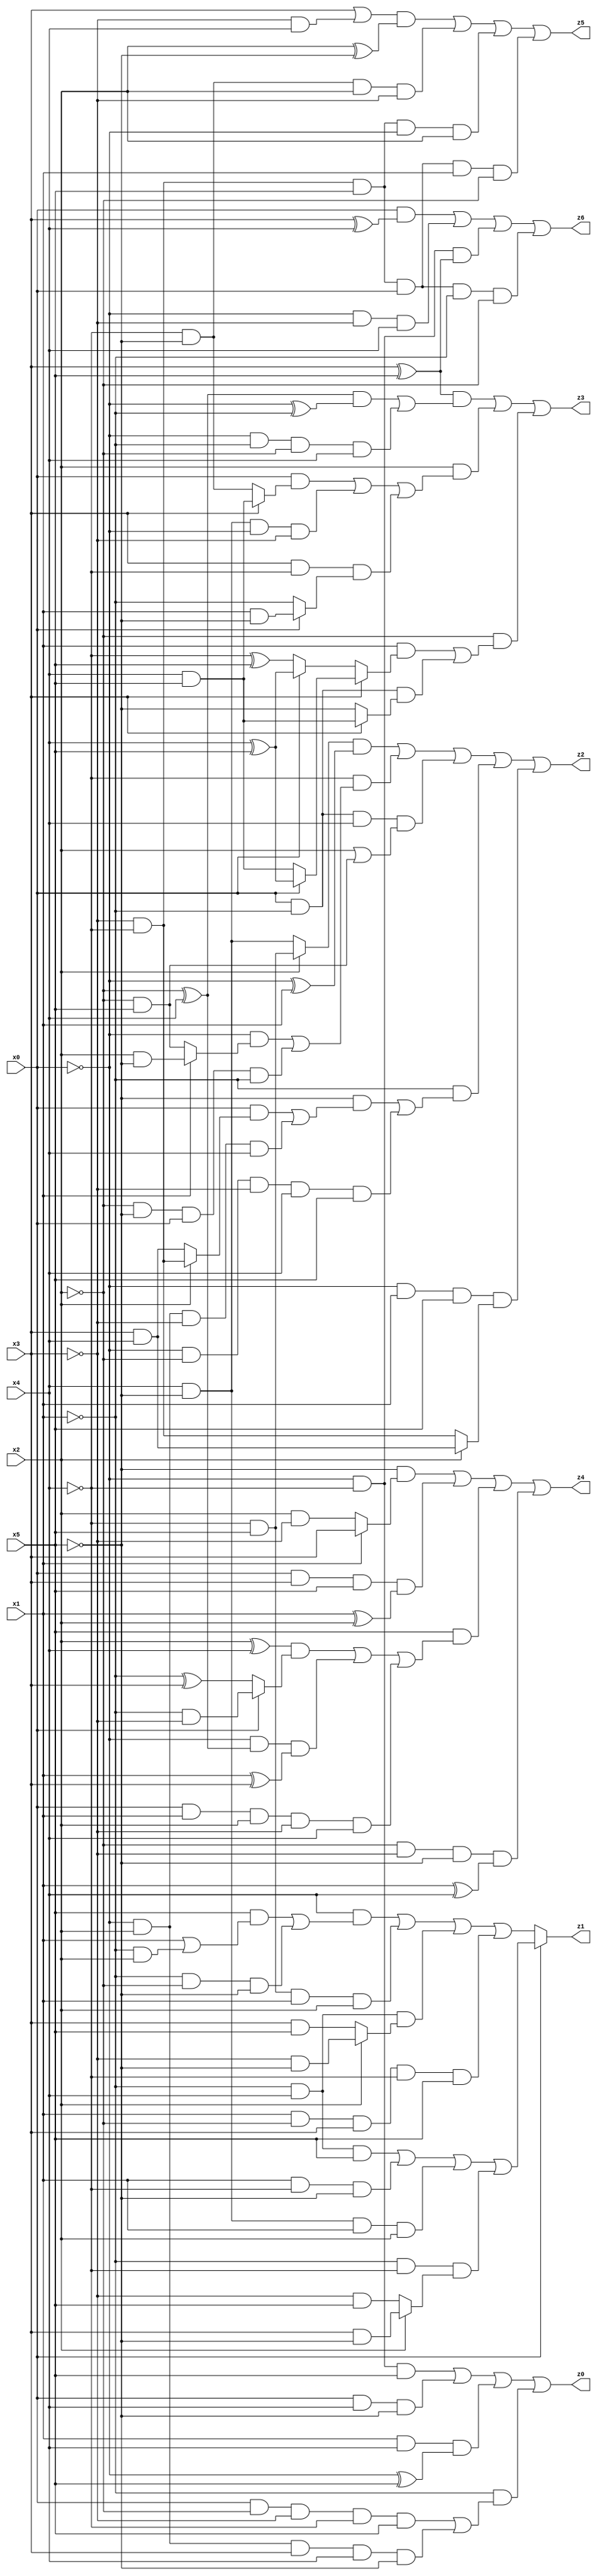
// Benchmark "X_30" written by ABC on Thu Jun 29 21:19:23 2023

module X_83 ( 
    x0, x1, x2, x3, x4, x5,
    z0, z1, z2, z3, z4, z5, z6  );
  input  x0, x1, x2, x3, x4, x5;
  output z0, z1, z2, z3, z4, z5, z6;
  assign z0 = (~x0 & ~x4 & x5) | (x0 & x4 & ~x5) | (x1 & x4 & (~x0 ^ x5)) | (~x1 & ((x0 & ~x2 & ~x3 & ~x4 & x5) | (~x0 & x2 & x3 & x4 & ~x5)));
  assign z1 = x0 ? ((~x1 & x4 & x5) | (x1 & ~x4 & ~x5) | (x4 & ~x5 & x1 & x2) | (~x1 & ~x4 & (x2 ? (x3 & ~x5) : (~x3 & x5)))) : ((x4 & ((x5 & (x1 | (~x1 & x2))) | (~x1 & ~x2 & ~x5))) | (~x4 & x5 & x1 & x2) | (~x1 & x4 & (x2 ? (~x3 & ~x5) : (x3 & x5))) | (x1 & ~x2 & x3 & ~x4 & x5));
  assign z2 = ((x2 ? (~x4 & x5) : (x4 & ~x5)) & (~x0 ^ x1)) | (~x4 & ((~x0 & (x1 ? (x2 & ~x5) : (~x2 & x5))) | (~x2 & ~x5 & x0 & ~x1))) | (x0 & ~x1 & x4 & (x2 | (~x2 & x5))) | (~x1 & ((~x5 & ((x0 & (x2 ? (~x3 & ~x4) : (x3 & x4))) | (~x0 & x2 & ~x3 & x4))) | (~x0 & ~x2 & ~x3 & x4 & x5))) | (~x0 & x1 & x5 & (x2 ? (x3 & x4) : (~x3 & ~x4)));
  assign z3 = ((x3 ^ x5) & (((~x2 ^ x4) & (~x0 ^ ~x1)) | (~x0 & ~x1 & ~x2 & x4))) | (x2 & ((x0 & (x3 ? (x4 & x5) : (~x4 & ~x5))) | (x4 & ~x5 & ~x0 & ~x3) | (x3 & ~x4 & (x0 ? (x1 & ~x5) : ~x1)))) | (~x2 & ((x1 & (x3 ? (x0 ? (x4 ^ x5) : (x4 & x5)) : (x0 ? (x4 ^ x5) : (~x4 ^ x5)))) | (x0 & ~x1 & (x3 ? (x4 & x5) : ~x5))));
  assign z4 = (~x5 & (x1 ? x3 : (x2 & ~x3))) | (x0 & x3 & x5 & (x1 ^ x2)) | (x5 & (((x2 ^ x4) & (x0 ? (~x1 & ~x3) : (~x1 ^ x3))) | (~x0 & (~x2 ^ x4) & (x1 ^ x3)) | (x0 & x1 & x2 & ~x3 & x4))) | (~x2 & ~x3 & ~x5 & (x1 ^ x4));
  assign z5 = ((x3 | (~x3 & x4)) & (x2 ^ ~x5)) | (~x4 & ~x5 & x2 & ~x3) | (~x3 & ~x4 & x5 & ~x0 & x2) | (~x3 & ~x4 & x5 & x0 & x1 & ~x2);
  assign z6 = (x0 & (x3 ^ x4)) | (~x0 & ~x3 & x4) | (~x0 & ~x4 & (x3 ^ x5)) | (~x3 & ~x4 & x5 & x0 & ~x1 & ~x2);
endmodule